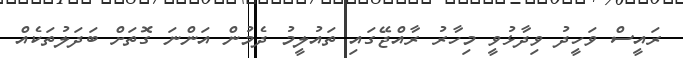
ރައީސް ވަހީދު ވިދާޅުވީ މިހާރު ރާއްޖޭގައި ތައުލީމު ދެމުން އަންނަ ގޮތަށް ބަދަލުތަކެއް